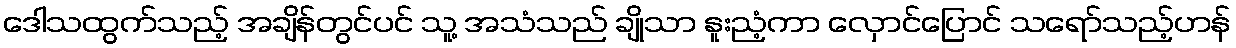
ဒေါသထွက်သည့် အချိန်တွင်ပင် သူ့ အသံသည် ချိုသာ နူးညံ့ကာ လှောင်ပြောင် သရော်သည့်ဟန်